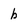
Character: b